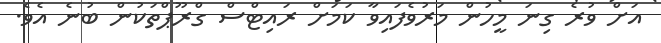
އަށް ވުރެ ގިނަ މީހުން މަރުވެފައިވާ ކަމަށް ރައިޓްސް ގްރޫޕްތަކުން ބުނެ އެވެ.